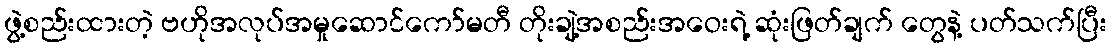
ဖွဲ့စည်းထားတဲ့ ဗဟိုအလုပ်အမှုဆောင်ကော်မတီ တိုးချဲ့အစည်းအဝေးရဲ့ ဆုံးဖြတ်ချက် တွေနဲ့ ပတ်သက်ပြီး